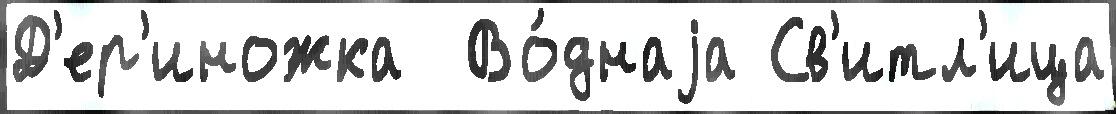
Д'ер'иножка  Во́днаjа Св'итл'ица